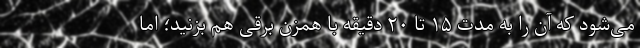
می‌شود که آن را به مدت ۱۵ تا ۲۰ دقیقه با همزن برقی هم بزنید؛ اما